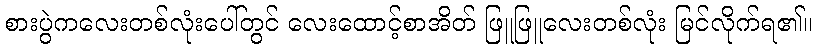
စားပွဲကလေးတစ်လုံးပေါ်တွင် လေးထောင့်စာအိတ် ဖြူဖြူလေးတစ်လုံး မြင်လိုက်ရ၏။